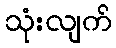
သုံးလျက်